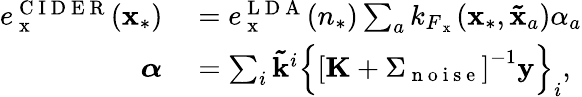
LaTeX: \begin{array}{rl}{e_{\mathrm{~x~}}^{\mathrm{~C~I~D~E~R~}}(\mathbf{x}_{*})}&{{}=e_{\mathrm{~x~}}^{\mathrm{~L~D~A~}}(n_{*})\sum_{a}k_{F_{\mathrm{~x~}}}(\mathbf{x}_{*},\mathbf{\tilde{x}}_{a})\alpha_{a}}\\ {\boldsymbol{\alpha}}&{{}=\sum_{i}\mathbf{\tilde{k}}^{i}\left\{ \left[\mathbf{K}+\Sigma_{\mathrm{~n~o~i~s~e~}}\right]^{-1}\mathbf{y}\right\} _{i},}\end{array}